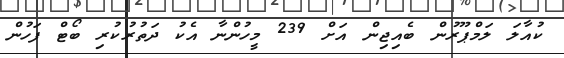
ކުއާލަ ލަމްޕޫރުން ބެއިޖިން އަށް 239 މީހުންނާ އެކު ދަތުރުކުރި ބޯޓް ފަހުން